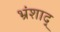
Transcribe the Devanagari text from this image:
भ्रंशाद्